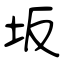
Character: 坂